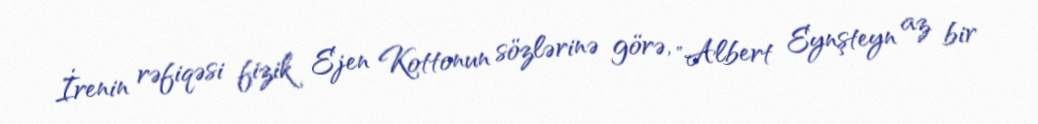
İrenin rəfiqəsi fizik Ejen Kottonun sözlərinə görə, "Albert Eynşteyn az bir